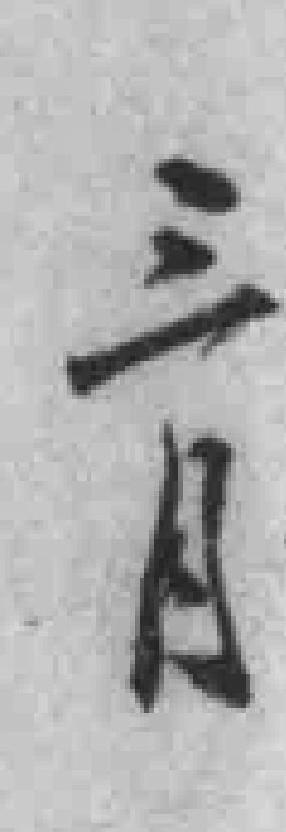
三月